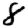
Digit: 8